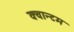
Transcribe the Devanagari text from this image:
क्‍वान्‍टम